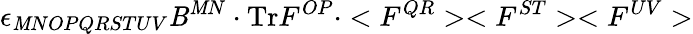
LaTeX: \epsilon_{\mathit{M}NOPQRSTUV}\mathit{B}^{\mathit{M}N}\cdot\mathrm{{Tr}}F^{OP}\cdot<F^{QR}><F^{ST}><F^{UV}>